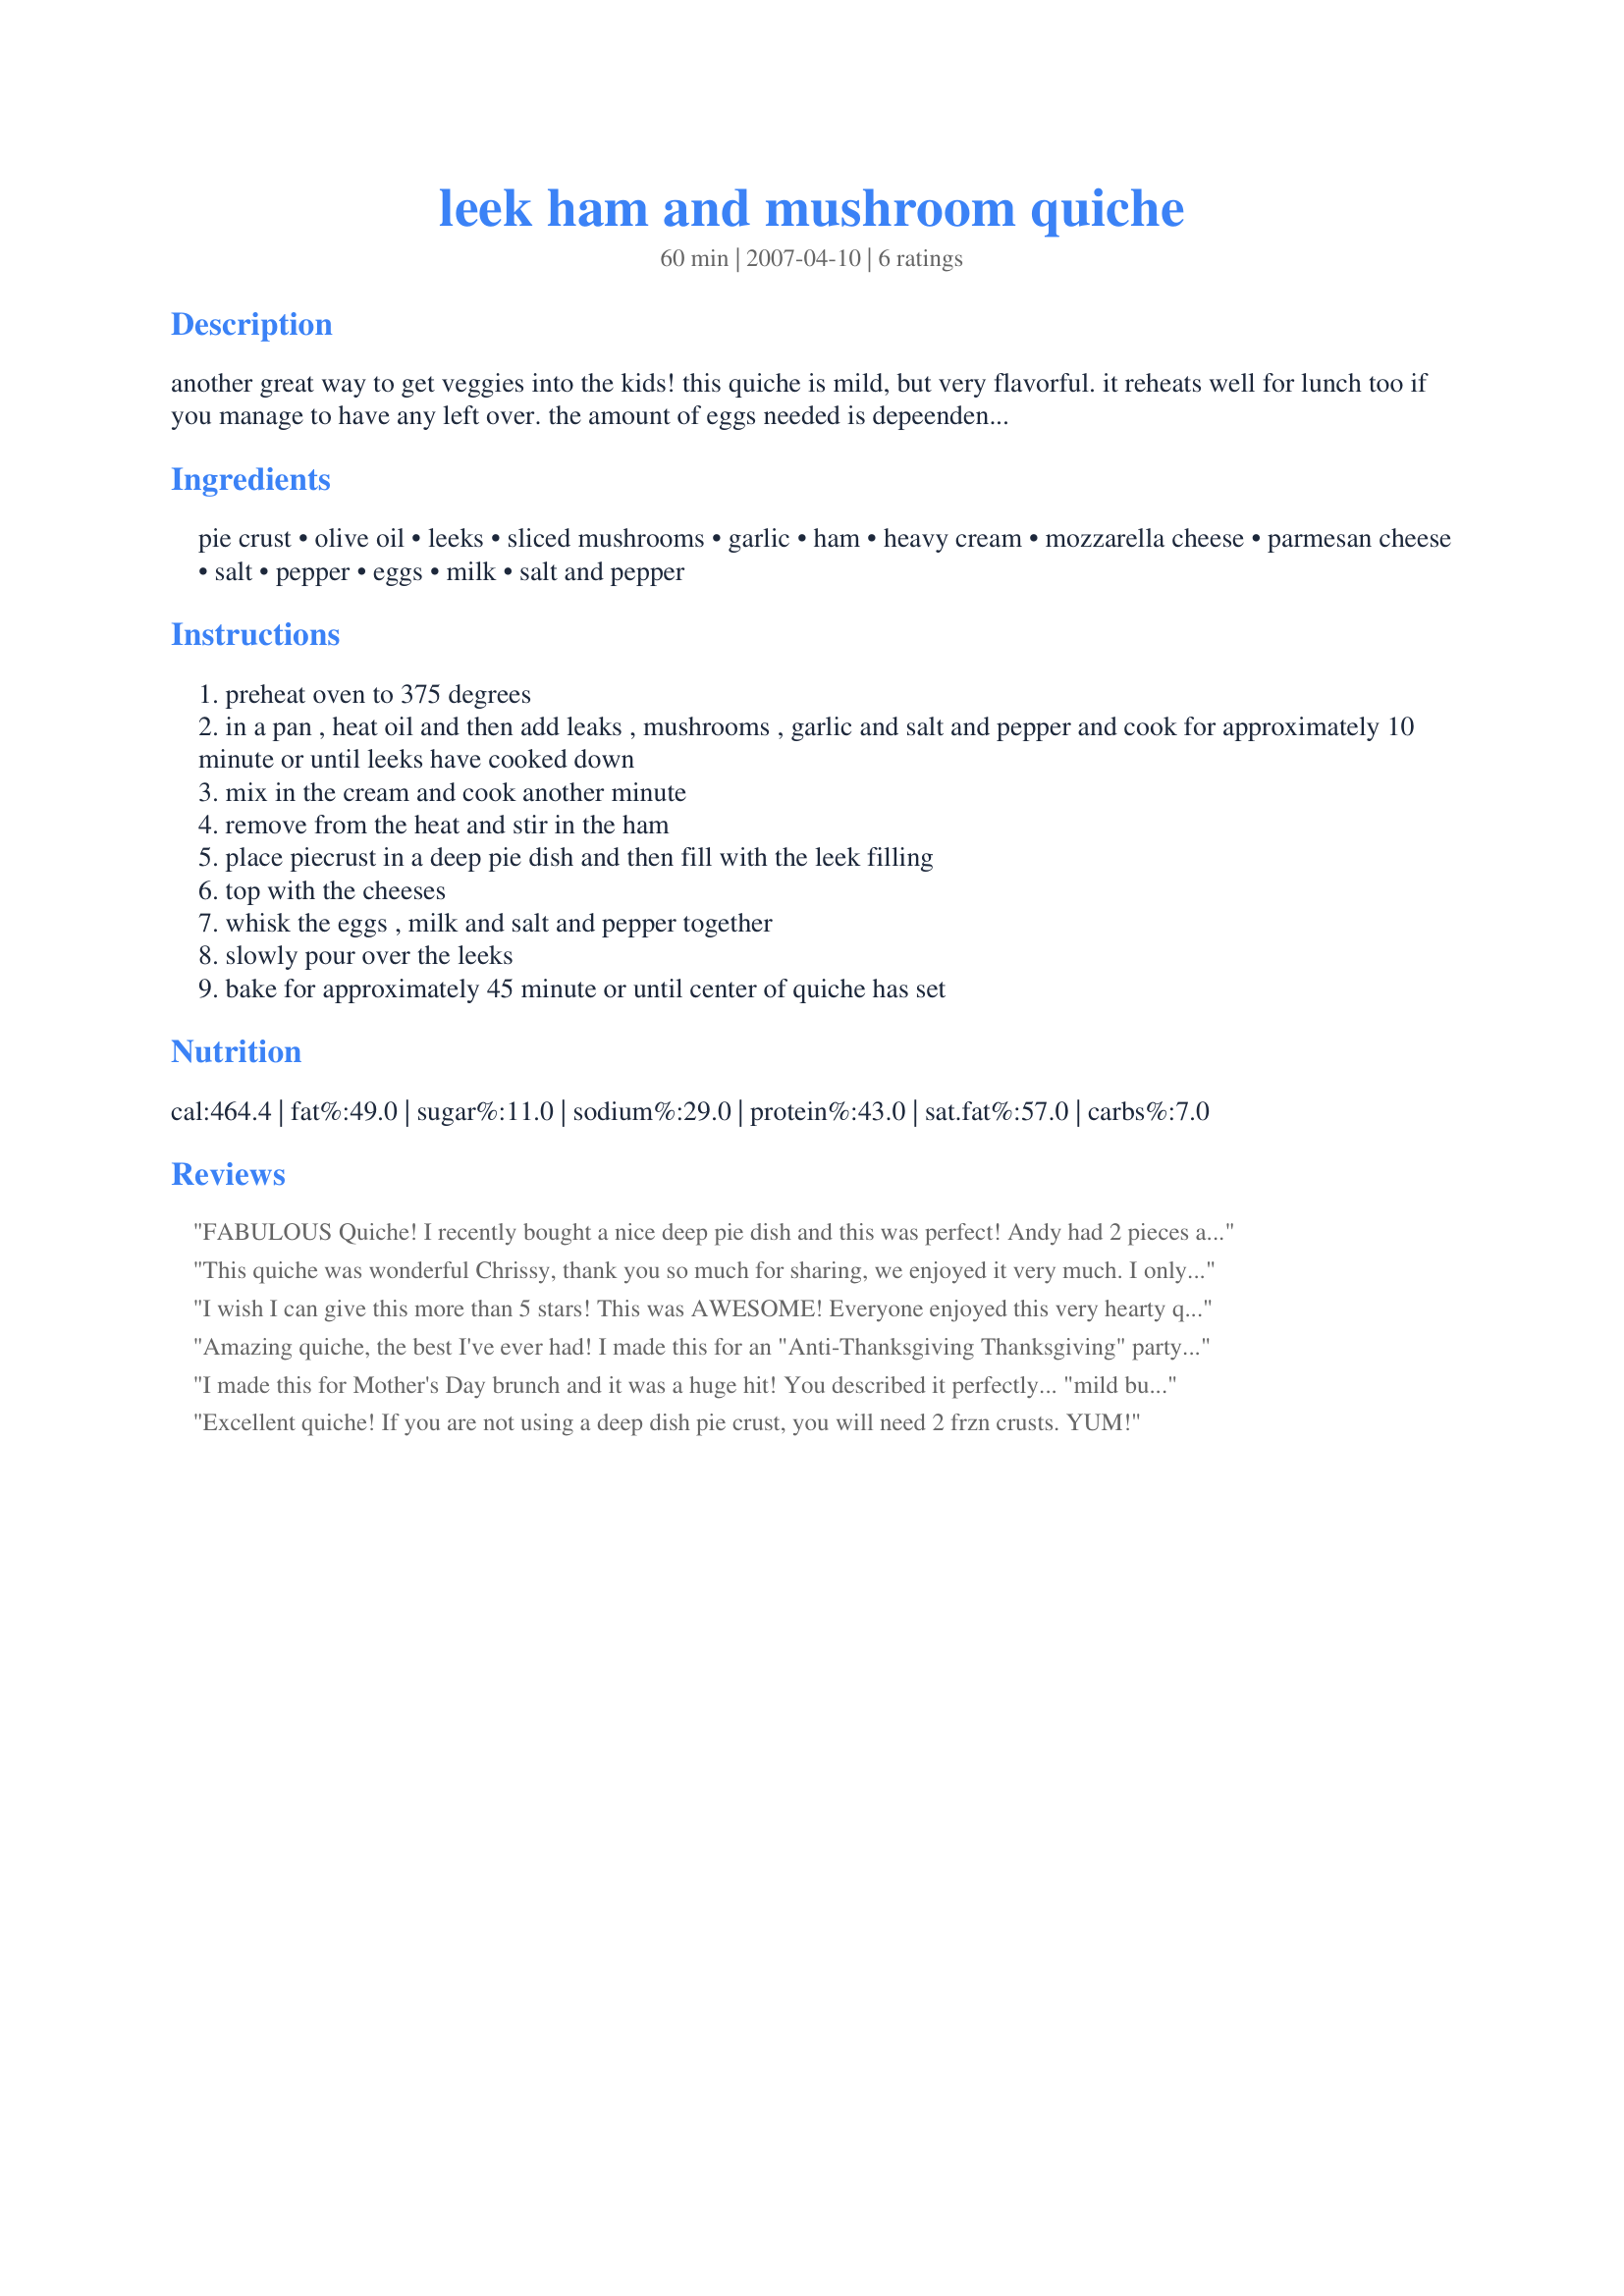
leek ham and mushroom quiche
Preparation time: 60 minutes

another great way to get veggies into the kids! this quiche is mild, but very flavorful. it reheats well for lunch too if you manage to have any left over. the amount of eggs needed is depeendent on how much filling you end up with and how large and deep your pie dish is.

Ingredients:
pie crust, olive oil, leeks, sliced mushrooms, garlic, ham, heavy cream, mozzarella cheese, parmesan cheese, salt, pepper, eggs, milk, salt and pepper

Steps:
preheat oven to 375 degrees
in a pan , heat oil and then add leaks , mushrooms , garlic and salt and pepper and cook for approximately 10 minute or until leeks have cooked down
mix in the cream and cook another minute
remove from the heat and stir in the ham
place piecrust in a deep pie dish and then fill with the leek filling
top with the cheeses
whisk the eggs , milk and salt and pepper together
slowly pour over the leeks
bake for approximately 45 minute or until center of quiche has set

Reviews:
FABULOUS Quiche! I recently bought a nice deep pie dish and this was perfect!
Andy had 2 pieces and I had one and we still only ate about 1/3 of the pie!
(It's nice and big!)
I had no leeks, so I sweated one medium cooking onion. It was still great!

Thanks Chrissy T!
This quiche was wonderful Chrissy, thank you so much for sharing, we enjoyed it very much. I only made a half the recipe, it was perfect for two with leftovers for lunch. The quiche was very quick and easy to make, with great texture and amazing flavours. It was big, tall and filling, just full of ham, cheese and lots of vegetables. I will certainly make again.
I wish I can give this more than 5 stars! This was AWESOME! Everyone enjoyed this very hearty quiche. The leeks, mushrooms, and combo of cheeses blended beautifully! Thanks for posting Chef Chrissy T!
Amazing quiche, the best I've ever had! I made this for an "Anti-Thanksgiving Thanksgiving" party and it was such a hit. I substituded about 4 slices thick-cut bacon, chopped, for ham and sauteed it with the leeks and mushrooms. This also made two quiches for me (luckily I had two crusts) for some reason. However that was great because everyone devoured them.
I made this for Mother's Day brunch and it was a huge hit! You described it perfectly... "mild but flavourful". We loved it. I used only 2 large leeks and 8 eggs and found it filled my biggest pie dish just right. I used mozzarella this time but next time I'll try one of your other suggestions just for a change, although it was perfect with the mozza. Thank you for posting this wonderful recipe, Chrissy.
Excellent quiche! If you are not using a deep dish pie crust, you will need 2 frzn crusts. YUM!
